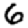
Digit: 6